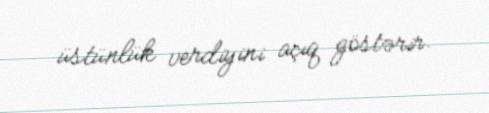
üstünlük verdiyini açıq göstərir.